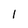
Character: I